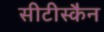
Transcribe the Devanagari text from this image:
सीटीस्कैन